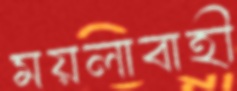
ময়লাবাহী